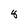
Character: 8